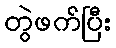
တွဲဖက်ပြီး